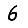
Digit: 6